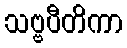
သဗ္ဗပီတိကာ